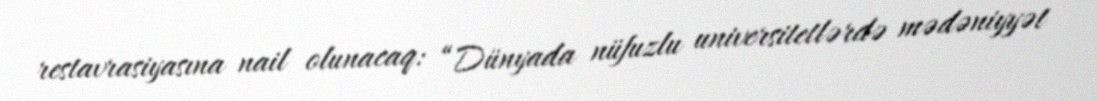
restavrasiyasına nail olunacaq: “Dünyada nüfuzlu universitetlərdə mədəniyyət